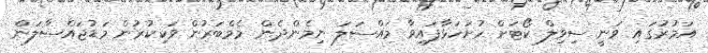
އަމުރުގައި ވަނީ ސިވިލް ކޯޓަށް ހުށަހަޅާފައިވާ މައްސަލަ ނިމެންދެން މެމްބަރުން ވަކިކުރުން މަޑުޖައްސާލަން